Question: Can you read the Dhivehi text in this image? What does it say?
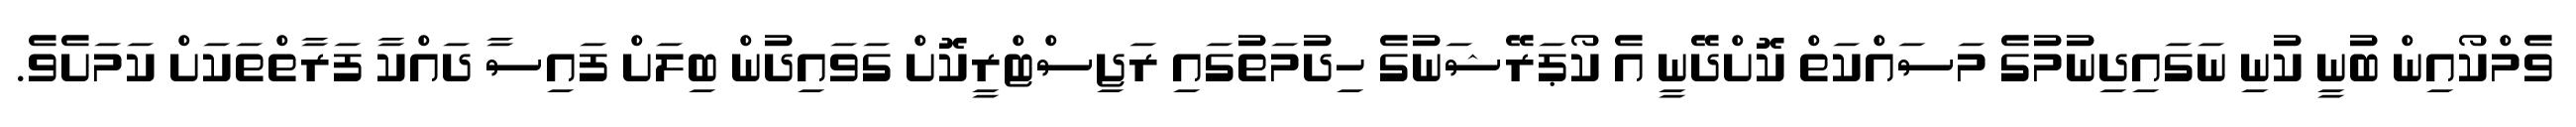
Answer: ވެމްކޯއިން ބުނީ ކުނި ނަގައިދިނުމުގެ މަސައްކަތް ކޮށްދޭނީ އެ ކޯޕަރޭޝަނުގެ ހިދުމަތުގައި ރަޖިސްޓްރީކޮށް ގަވައިދުން ބިލަށް ފައިސާ ދައްކާ ފަރާތްތަކަށް ކަމަށެވެ.